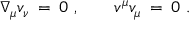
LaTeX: \nabla _ { \mu } v _ { \nu } \: = \: 0 \ , \ \ \ \ \ \ v ^ { \mu } v _ { \mu } \: = \: 0 \ .